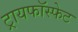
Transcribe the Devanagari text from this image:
ट्रायफॉस्फेट